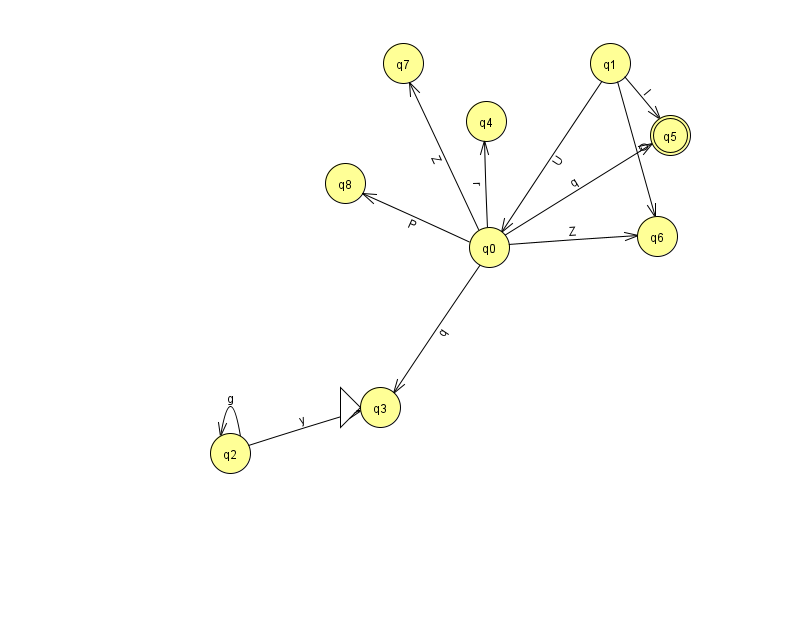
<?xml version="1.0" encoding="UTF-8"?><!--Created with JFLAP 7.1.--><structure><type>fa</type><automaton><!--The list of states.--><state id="0" name="q0"><x>489.0</x><y>234.0</y></state><state id="1" name="q1"><x>610.0</x><y>50.0</y></state><state id="2" name="q2"><x>230.0</x><y>440.0</y></state><state id="3" name="q3"><x>380.0</x><y>394.0</y><initial/></state><state id="4" name="q4"><x>486.0</x><y>108.0</y></state><state id="5" name="q5"><x>670.0</x><y>122.0</y><final/></state><state id="6" name="q6"><x>657.0</x><y>223.0</y></state><state id="7" name="q7"><x>403.0</x><y>50.0</y></state><state id="8" name="q8"><x>345.0</x><y>170.0</y></state><!--The list of transitions.--><transition><from>1</from><to>6</to><read>Q</read></transition><transition><from>0</from><to>8</to><read>P</read></transition><transition><from>1</from><to>0</to><read>U</read></transition><transition><from>0</from><to>5</to><read>q</read></transition><transition><from>2</from><to>2</to><read>g</read></transition><transition><from>2</from><to>3</to><read>y</read></transition><transition><from>0</from><to>6</to><read>Z</read></transition><transition><from>0</from><to>7</to><read>Z</read></transition><transition><from>1</from><to>5</to><read>I</read></transition><transition><from>0</from><to>4</to><read>r</read></transition><transition><from>0</from><to>3</to><read>q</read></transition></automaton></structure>